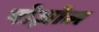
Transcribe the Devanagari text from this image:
पोज़ोल